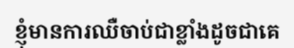
ខ្ញុំមានការឈឺចាប់ជាខ្លាំងដូចជាគេ